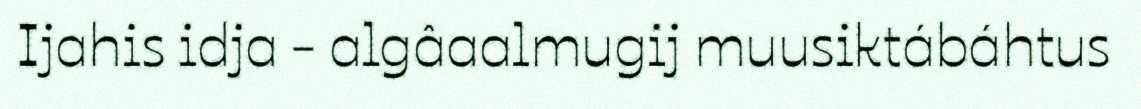
Ijahis idja - algâaalmugij muusiktábáhtus